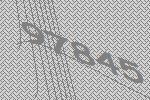
97845